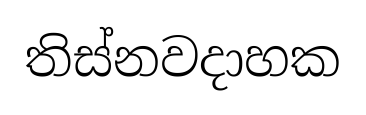
තිස්නවදාහක